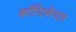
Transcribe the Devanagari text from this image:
कॉण्टिनेण्टल